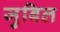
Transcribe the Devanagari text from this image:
जुबिल